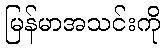
မြန်မာအသင်းကို